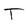
Character: T